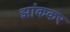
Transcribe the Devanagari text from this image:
झांककर